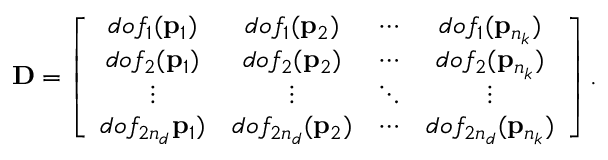
\mathbf { D } = \left[ \begin{array} { c c c c } { d o f _ { 1 } ( \mathbf { p } _ { 1 } ) } & { d o f _ { 1 } ( \mathbf { p } _ { 2 } ) } & { \cdots } & { d o f _ { 1 } ( \mathbf { p } _ { n _ { k } } ) } \\ { d o f _ { 2 } ( \mathbf { p } _ { 1 } ) } & { d o f _ { 2 } ( \mathbf { p } _ { 2 } ) } & { \cdots } & { d o f _ { 2 } ( \mathbf { p } _ { n _ { k } } ) } \\ { \vdots } & { \vdots } & { \ddots } & { \vdots } \\ { d o f _ { 2 n _ { d } } \mathbf { p } _ { 1 } ) } & { d o f _ { 2 n _ { d } } ( \mathbf { p } _ { 2 } ) } & { \cdots } & { d o f _ { 2 n _ { d } } ( \mathbf { p } _ { n _ { k } } ) } \end{array} \right] .